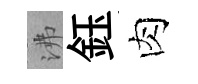
沸鈺肉